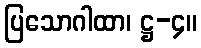
ပြသောဂါထာ၊ ဋ္ဌ-၄။